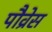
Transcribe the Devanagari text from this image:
पौव्रेस